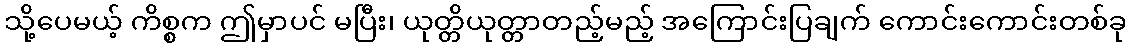
သို့ပေမယ့် ကိစ္စက ဤမှာပင် မပြီး၊ ယုတ္တိယုတ္တာတည့်မည့် အကြောင်းပြချက် ကောင်းကောင်းတစ်ခု